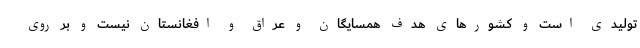
تولیدی است و کشورهای هدف همسایگان و عراق و افغانستان نیست و بر روی